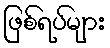
ဖြစ်ရပ်များ